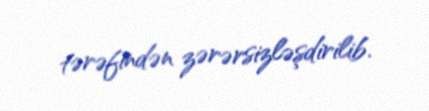
tərəfindən zərərsizləşdirilib.